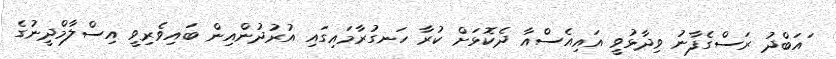
ައަބްދު ރަސްގެފާނު ވިދާޅުވީ އައިއެސްއާ ދެކޮޅަށް ކުރާ ހަނގުރާމައިގައި އުރުދުންއިން ބައިވެރިވީ އިސްލާމްދީނުގެ